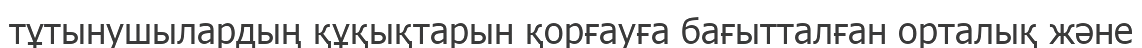
тұтынушылардың құқықтарын қорғауға бағытталған орталық және